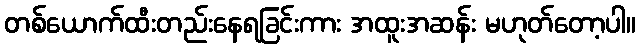
တစ်ယောက်ထီးတည်းနေရခြင်းကား အထူးအဆန်း မဟုတ်တော့ပါ။